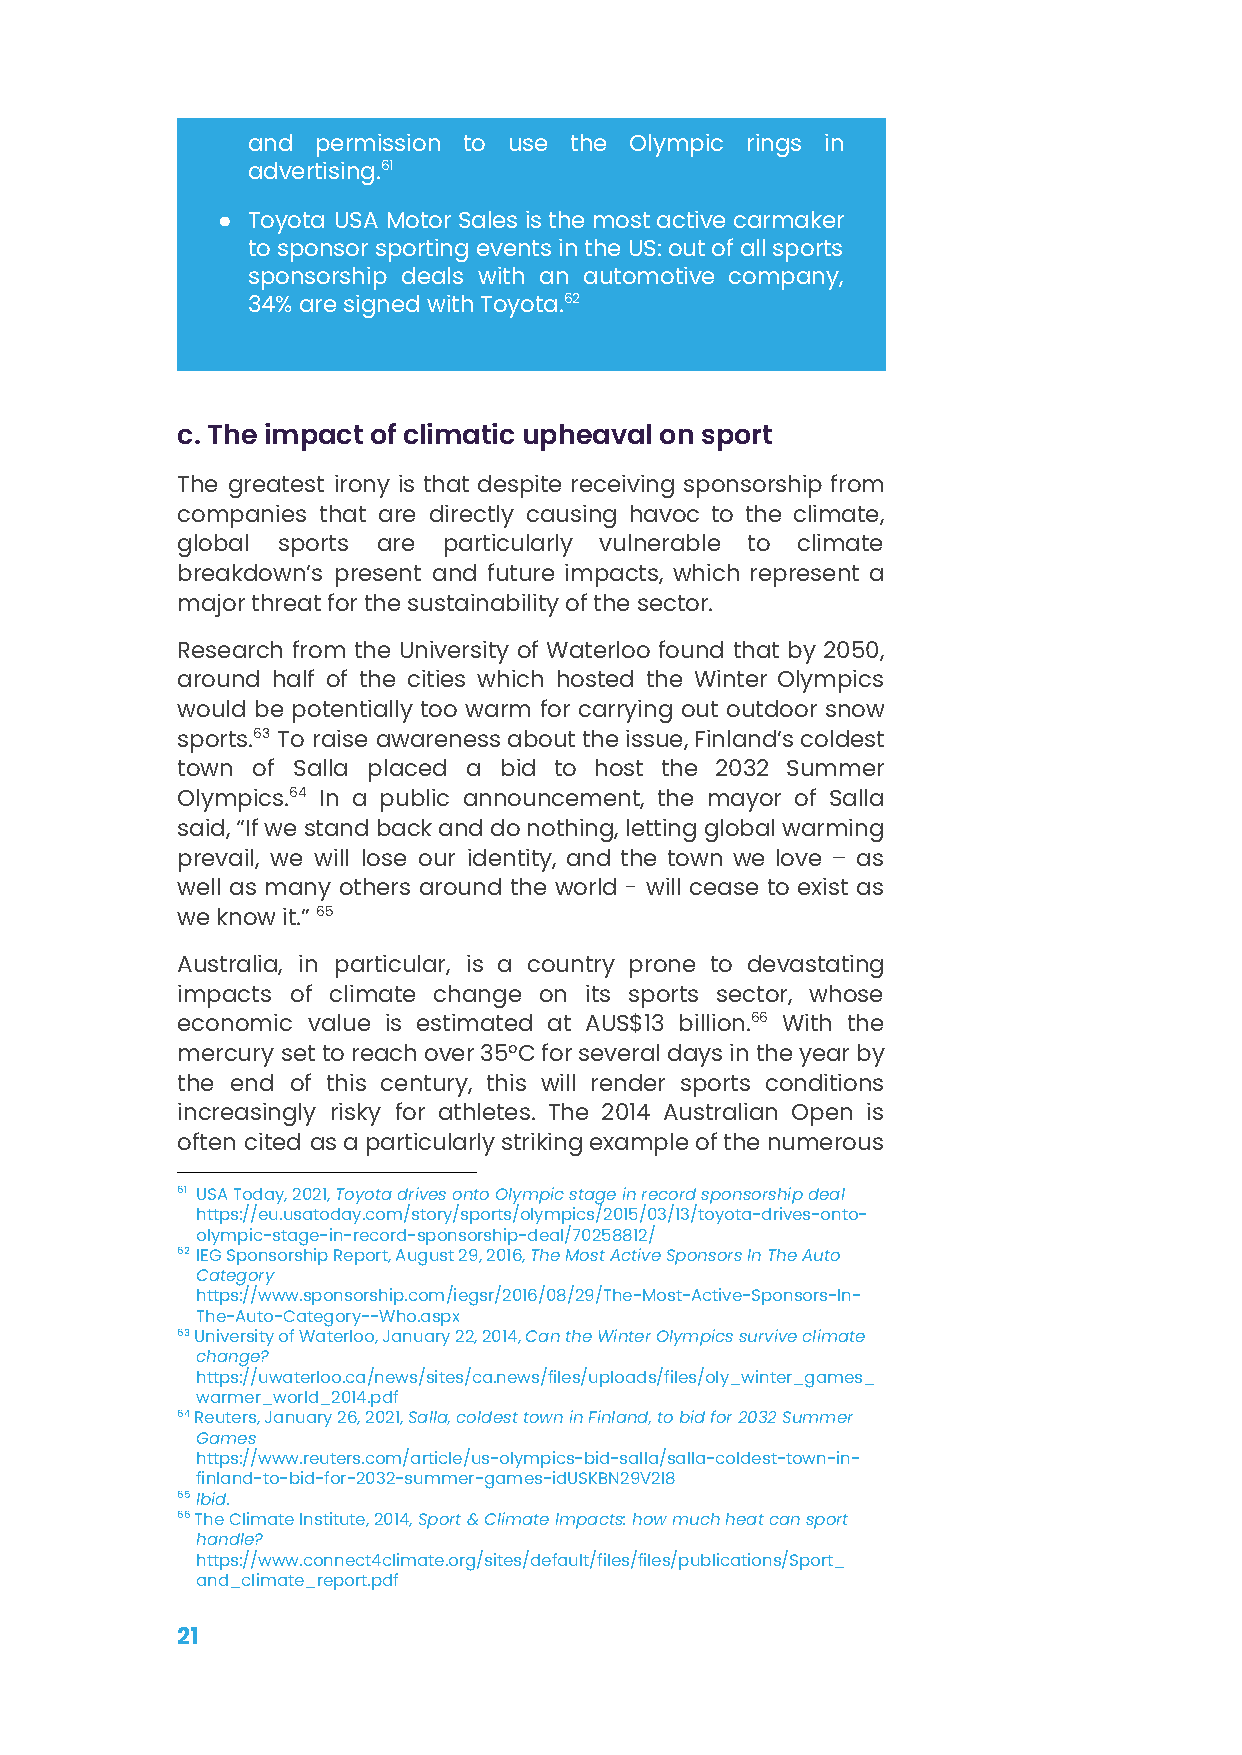
and  permission to use the Olympic rings in
 advertising.61
 ● Toyota USA MotorSalesisthemostactivecarmaker
 tosponsorsportingeventsintheUS:outofallsports
 sponsorship deals with an automotive company,
 34% are signed with Toyota.62
 c. The impact of climatic upheaval on sport
 The greatest irony is that despite receiving sponsorship from
 companies that are directly causing havoc to the climate,
 global sports are particularly vulnerable to climate
 breakdown’s present and future impacts, which represent a
 major threat for the sustainability of the sector.
 Research from the University of Waterloo found that by 2050,
 around half of the cities which hosted the Winter Olympics
 would be potentially too warm for carrying out outdoor snow
 sports.63 To raise awarenessabouttheissue,Finland’scoldest
 town of Salla placed a bid to host the 2032 Summer
 Olympics.64 In a public announcement, the mayor of Salla
 said,“Ifwestandbackanddonothing,lettingglobalwarming
 prevail, we will lose our identity, and the town we love – as
 well as many others around the world - will cease to exist as
 we know it.”65
 Australia, in particular, is a country prone to devastating
 impacts of climate change on its sports sector, whose
 economic value is estimated at AUS$13 billion.66 With the
 mercury settoreachover35°Cforseveraldaysintheyearby
 the end of this century, this will render sports conditions
 increasingly risky for athletes. The 2014 Australian Open is
 often cited asaparticularlystrikingexampleofthenumerous
 61 USA Today, 2021,Toyota drives onto Olympic stagein record sponsorship deal
 https://eu.usatoday.com/story/sports/olympics/2015/03/13/toyota-drives-onto-
 olympic-stage-in-record-sponsorship-deal/70258812/
 62 IEG Sponsorship Report, August 29, 2016,The MostActive Sponsors In The Auto
 Category
 https://www.sponsorship.com/iegsr/2016/08/29/The-Most-Active-Sponsors-In-
 The-Auto-Category--Who.aspx
 63University of Waterloo, January 22, 2014,Can theWinter Olympics survive climate
 change?
 https://uwaterloo.ca/news/sites/ca.news/files/uploads/files/oly_winter_games_
 warmer_world_2014.pdf
 64Reuters, January 26, 2021,Salla, coldest town inFinland, to bid for 2032 Summer
 Games
 https://www.reuters.com/article/us-olympics-bid-salla/salla-coldest-town-in-
 finland-to-bid-for-2032-summer-games-idUSKBN29V2I8
 65Ibid.
 66The Climate Institute, 2014,Sport & Climate Impacts:how much heat can sport
 handle?
 https://www.connect4climate.org/sites/default/files/files/publications/Sport_
 and_climate_report.pdf
 21